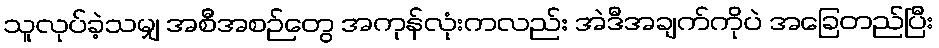
သူလုပ်ခဲ့သမျှ အစီအစဉ်တွေ အကုန်လုံးကလည်း အဲဒီအချက်ကိုပဲ အခြေတည်ပြီး